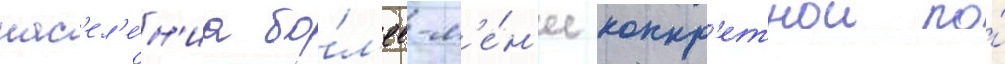
нас'ел'е́н'иа бо́л'ее-м'е́н'ее конкр'етнои по́